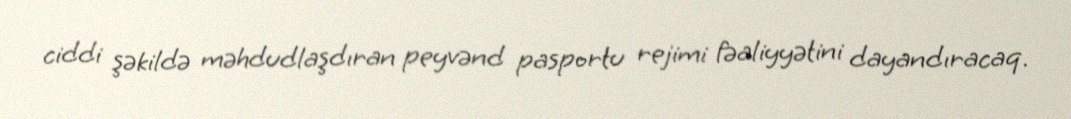
ciddi şəkildə məhdudlaşdıran peyvənd pasportu rejimi fəaliyyətini dayandıracaq.